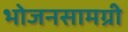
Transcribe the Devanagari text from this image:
भोजनसामग्री